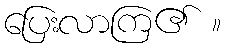
ပြေးလာကြ၏ ။